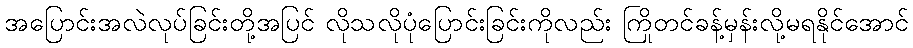
အပြောင်းအလဲလုပ်ခြင်းတို့အပြင် လိုသလိုပုံပြောင်းခြင်းကိုလည်း ကြိုတင်ခန့်မှန်းလို့မရနိုင်အောင်